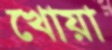
খোয়া